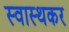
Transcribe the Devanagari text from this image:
स्वास्थकर